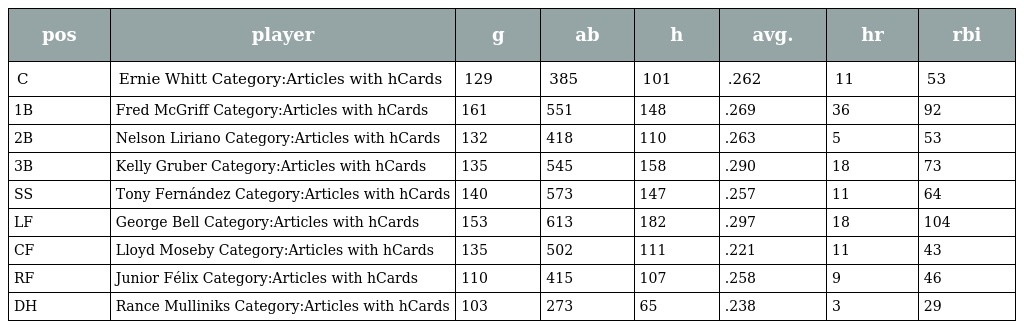
| pos | player | g | ab | h | avg. | hr | rbi |
 | --- | --- | --- | --- | --- | --- | --- | --- |
 | C | Ernie Whitt Category:Articles with hCards | 129 | 385 | 101 | .262 | 11 | 53 |
 | 1B | Fred McGriff Category:Articles with hCards | 161 | 551 | 148 | .269 | 36 | 92 |
 | 2B | Nelson Liriano Category:Articles with hCards | 132 | 418 | 110 | .263 | 5 | 53 |
 | 3B | Kelly Gruber Category:Articles with hCards | 135 | 545 | 158 | .290 | 18 | 73 |
 | SS | Tony Fernández Category:Articles with hCards | 140 | 573 | 147 | .257 | 11 | 64 |
 | LF | George Bell Category:Articles with hCards | 153 | 613 | 182 | .297 | 18 | 104 |
 | CF | Lloyd Moseby Category:Articles with hCards | 135 | 502 | 111 | .221 | 11 | 43 |
 | RF | Junior Félix Category:Articles with hCards | 110 | 415 | 107 | .258 | 9 | 46 |
 | DH | Rance Mulliniks Category:Articles with hCards | 103 | 273 | 65 | .238 | 3 | 29 |